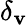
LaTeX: \delta_{\mathbf{v}}